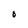
Character: O